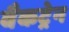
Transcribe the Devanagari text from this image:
वैकट्रेन